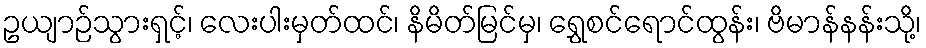
ဥယျာဉ်သွားရှင့်၊ လေးပါးမှတ်ထင်၊ နိမိတ်မြင်မှ၊ ရွှေစင်ရောင်ထွန်း၊ ဗိမာန်နန်းသို့၊